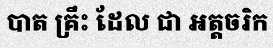
បាត គ្រឹះ ដែល ជា អត្តចរិក